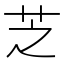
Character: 芝